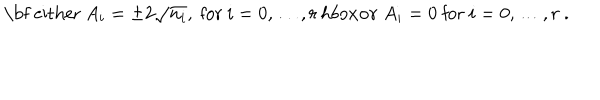
\mathrm { \bf ~ e i t h e r } \ A _ { i } = \pm 2 \sqrt { n _ { i } } , \ \mathrm { f o r } \ i = 0 , \dots , r \, h b o x { \bf o r } \ A _ { i } = 0 \ \mathrm { f o r } \ i = 0 , \dots , r \ .